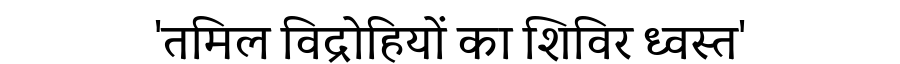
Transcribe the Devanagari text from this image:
'तमिल विद्रोहियों का शिविर ध्वस्त'